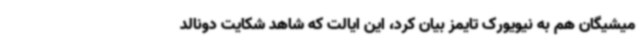
میشیگان هم به نیویورک تایمز بیان کرد، این ایالت که شاهد شکایت دونالد